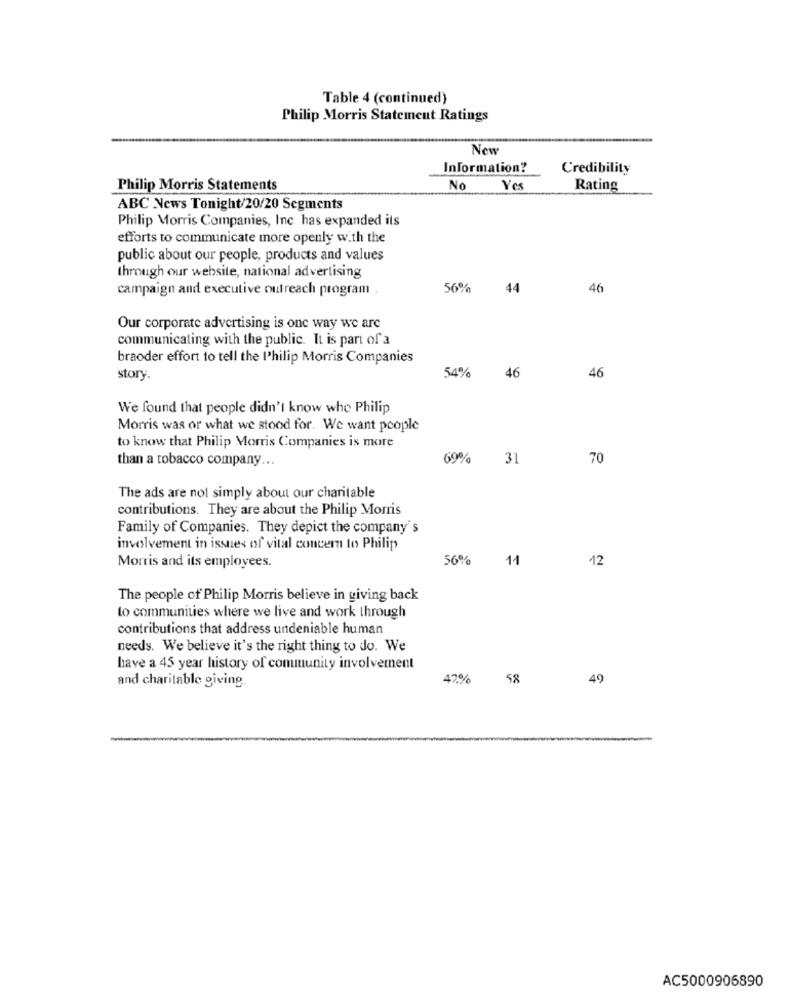
Table 4 (continued)
Philip Morris Statement Ratings
New
Information?
Credibility
Philip Morris Statements
No
Yes
Rating
ABC News Tonight/20/20 Segments
Philip Morris Companies, Inc has expanded its
efforts to communicate more openly with the
public about our people, products and values
through our website, national advertising
campaign and executive outreach program
56%
44
46
Our corporate advertising is one way we are
communicating with the public. It is part of a
braoder effort to tell the Philip Morris Companies
54%
story.
46
46
We found that people didn't know who Philip
Morris was or what we stood for. We want people
to know that Philip Morris Companies is more
than a tobacco company ...
69%
31
70
The ads are not simply about our charitable
contributions. They are about the Philip Morris
Family of Companies. They depict the company's
involvement in issues of vital concern to Philip
56%
11
12
Morris and its employees.
The people of Philip Morris believe in giving back
to communities where we live and work through
contributions that address undeniable human
needs. We believe it's the right thing to do. We
have a 45 year history of community involvement
47%
58
49
and charitable giving.
-
AC5000906890